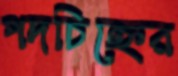
পদচিহ্নের